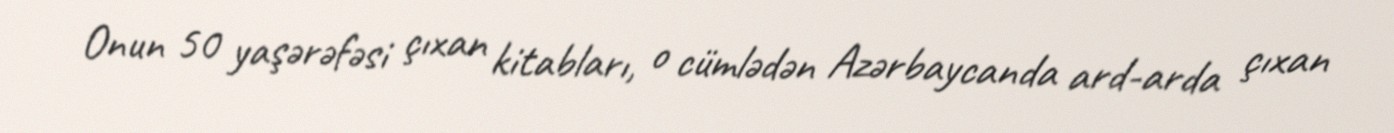
Onun 50 yaşərəfəsi çıxan kitabları, o cümlədən Azərbaycanda ard-arda çıxan